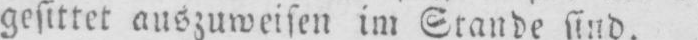
gesittet auszuweisen im Stande sind.